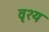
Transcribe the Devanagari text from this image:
वृश्य